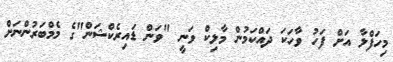
މިހަފްލާ އަށް ފަހު ވާހަކަ ދައްކަމުން މާލިކް ވަނީ "ވަން ޑައިރެކްޝަން"ގެ މެމްބަރުންނަށް